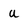
Character: u